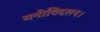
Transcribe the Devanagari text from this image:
मनोविदलन।